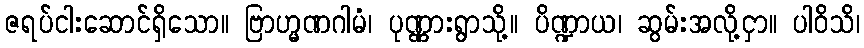
ဇရပ်ငါးဆောင်ရှိသော။ ဗြာဟ္မဏဂါမံ၊ ပုဏ္ဏားရွာသို့။ ပိဏ္ဍာယ၊ ဆွမ်းအလို့ငှာ။ ပါဝိသိ၊